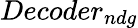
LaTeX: Decoder_{ndg}